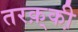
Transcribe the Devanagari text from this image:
तरक़्की़